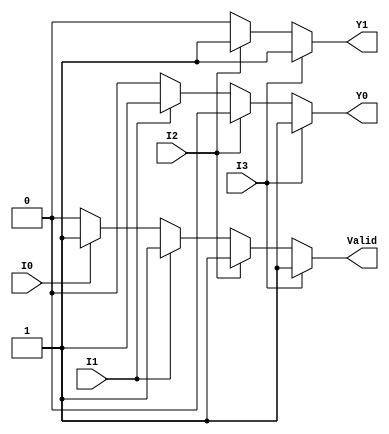
module priority_encoder (
    input wire I0,  // Input 0 (lowest priority)
    input wire I1,  // Input 1
    input wire I2,  // Input 2
    input wire I3,  // Input 3 (highest priority)
    output reg Y1,  // Most significant bit of the output
    output reg Y0,  // Least significant bit of the output
    output reg Valid // Valid signal indicating if any input is active
);

always @(*) begin
    // Default values
    Y1 = 1'b0;
    Y0 = 1'b0;
    Valid = 1'b0;

    // Priority encoding logic
    if (I3) begin
        Y1 = 1'b1;
        Y0 = 1'b1;
        Valid = 1'b1;
    end else if (I2) begin
        Y1 = 1'b1;
        Y0 = 1'b0;
        Valid = 1'b1;
    end else if (I1) begin
        Y1 = 1'b0;
        Y0 = 1'b1;
        Valid = 1'b1;
    end else if (I0) begin
        Y1 = 1'b0;
        Y0 = 1'b0;
        Valid = 1'b1;
    end else begin
        // If no inputs are active, Valid remains 0
        Valid = 1'b0;
    end
end

endmodule